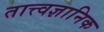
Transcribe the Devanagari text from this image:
तात्त्वज्ञानिक